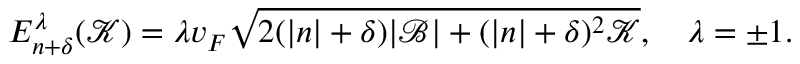
E _ { n + \delta } ^ { \lambda } ( \mathcal { K } ) = \lambda v _ { F } \sqrt { 2 ( | n | + \delta ) | \mathcal { B } | + ( | n | + \delta ) ^ { 2 } \mathcal { K } } , \quad \lambda = \pm 1 .